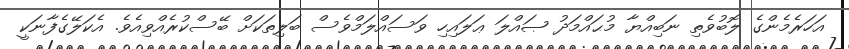
އަހަރެމެންގެ ލޮބުވެތި ނަބިއްޔާ މުޙައްމަދު ޞައްލަ ޢަލައިހި ވަސައްލަމްވެސް ބަލިތަކަށް ބޭސްކުރެއްވިއެވެ. އެކަލޭގެފާނަކީ